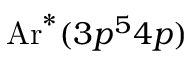
\mathrm { A r } ^ { * } ( 3 p ^ { 5 } 4 p )